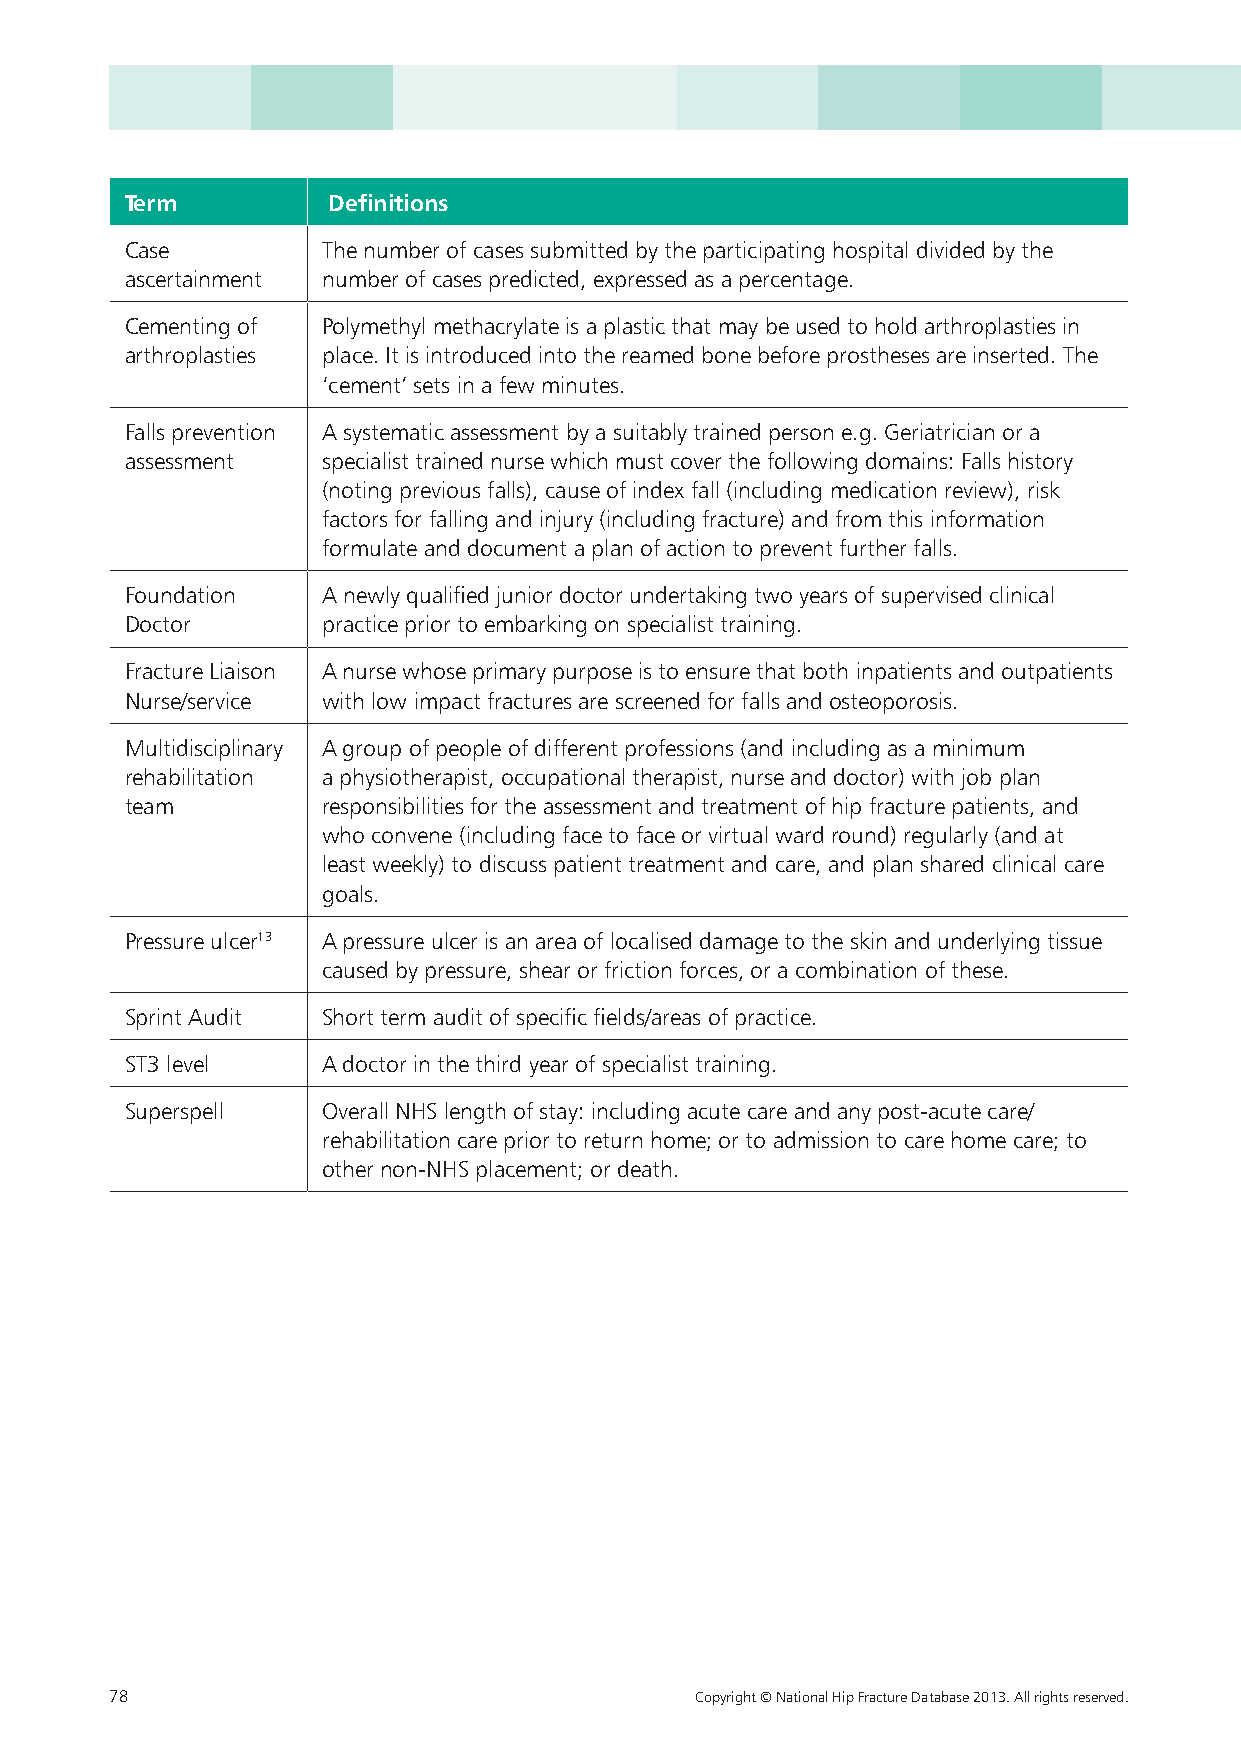
Term          Definitions
 Case         The number of cases submitted by the participating hospital divided by the
 ascertainment number of cases predicted, expressed as a percentage.
 Cementing of Polymethyl methacrylate is a plastic that may be used to hold arthroplasties in
 arthroplasties place. It is introduced into the reamed bone before prostheses are inserted. The
 ‘cement’ sets in a few minutes.
 Falls prevention A systematic assessment by a suitably trained person e.g. Geriatrician or a
 assessment   specialist trained nurse which must cover the following domains: Falls history
 (noting previous falls), cause of index fall (including medication review), risk
 factors for falling and injury (including fracture) and from this information
 formulate and document a plan of action to prevent further falls.
 Foundation   A newly qualified junior doctor undertaking two years of supervised clinical
 Doctor       practice prior to embarking on specialist training.
 Fracture Liaison A nurse whose primary purpose is to ensure that both inpatients and outpatients
 Nurse/service with low impact fractures are screened for falls and osteoporosis.
 Multidisciplinary A group of people of different professions (and including as a minimum
 rehabilitation a physiotherapist, occupational therapist, nurse and doctor) with job plan
 team         responsibilities for the assessment and treatment of hip fracture patients, and
 who convene (including face to face or virtual ward round) regularly (and at
 least weekly) to discuss patient treatment and care, and plan shared clinical care
 goals.
 Pressure ulcer13 A pressure ulcer is an area of localised damage to the skin and underlying tissue
 caused by pressure, shear or friction forces, or a combination of these.
 Sprint Audit Short term audit of specific fields/areas of practice.
 ST3 level    A doctor in the third year of specialist training.
 Superspell   Overall NHS length of stay: including acute care and any post-acute care/
 rehabilitation care prior to return home; or to admission to care home care; to
 other non-NHS placement; or death.
 78                                     Copyright © National Hip Fracture Database 2013. All rights reserved.